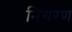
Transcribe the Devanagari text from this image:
निगरण